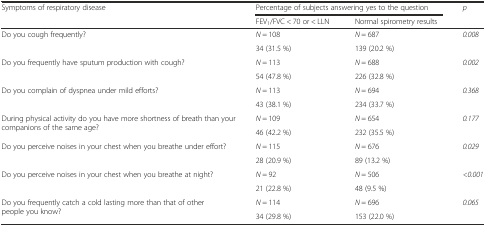
<table><thead><tr><td rowspan="2"><b>Symptoms of respiratory disease</b></td><td colspan="2"><b>Percentage of subjects answering yes to the question</b></td><td rowspan="2"><b><i>p</i></b></td></tr><tr><td><b>FEV<sub>1</sub>/FVC &lt; 70 or &lt; LLN</b></td><td><b>Normal spirometry results</b></td></tr></thead><tbody><tr><td rowspan="2">Do you cough frequently?</td><td><i>N</i> = 108</td><td><i>N</i> = 687</td><td rowspan="2"><i>0.008</i></td></tr><tr><td>34 (31.5 %)</td><td>139 (20.2 %)</td></tr><tr><td rowspan="2">Do you frequently have sputum production with cough?</td><td><i>N</i> = 113</td><td><i>N</i> = 688</td><td rowspan="2"><i>0.002</i></td></tr><tr><td>54 (47.8 %)</td><td>226 (32.8 %)</td></tr><tr><td rowspan="2">Do you complain of dyspnea under mild efforts?</td><td><i>N</i> = 113</td><td><i>N</i> = 694</td><td rowspan="2"><i>0.368</i></td></tr><tr><td>43 (38.1 %)</td><td>234 (33.7 %)</td></tr><tr><td rowspan="2">During physical activity do you have more shortness of breath than your companions of the same age?</td><td><i>N</i> = 109</td><td><i>N</i> = 654</td><td rowspan="2"><i>0.177</i></td></tr><tr><td>46 (42.2 %)</td><td>232 (35.5 %)</td></tr><tr><td rowspan="2">Do you perceive noises in your chest when you breathe under effort?</td><td><i>N</i> = 115</td><td><i>N</i> = 676</td><td rowspan="2"><i>0.029</i></td></tr><tr><td>28 (20.9 %)</td><td>89 (13.2 %)</td></tr><tr><td rowspan="2">Do you perceive noises in your chest when you breathe at night?</td><td><i>N</i> = 92</td><td><i>N</i> = 506</td><td rowspan="2"><i>&lt;0.001</i></td></tr><tr><td>21 (22.8 %)</td><td>48 (9.5 %)</td></tr><tr><td rowspan="2">Do you frequently catch a cold lasting more than that of other people you know?</td><td><i>N</i> = 114</td><td><i>N</i> = 696</td><td rowspan="2"><i>0.065</i></td></tr><tr><td>34 (29.8 %)</td><td>153 (22.0 %)</td></tr></tbody></table>